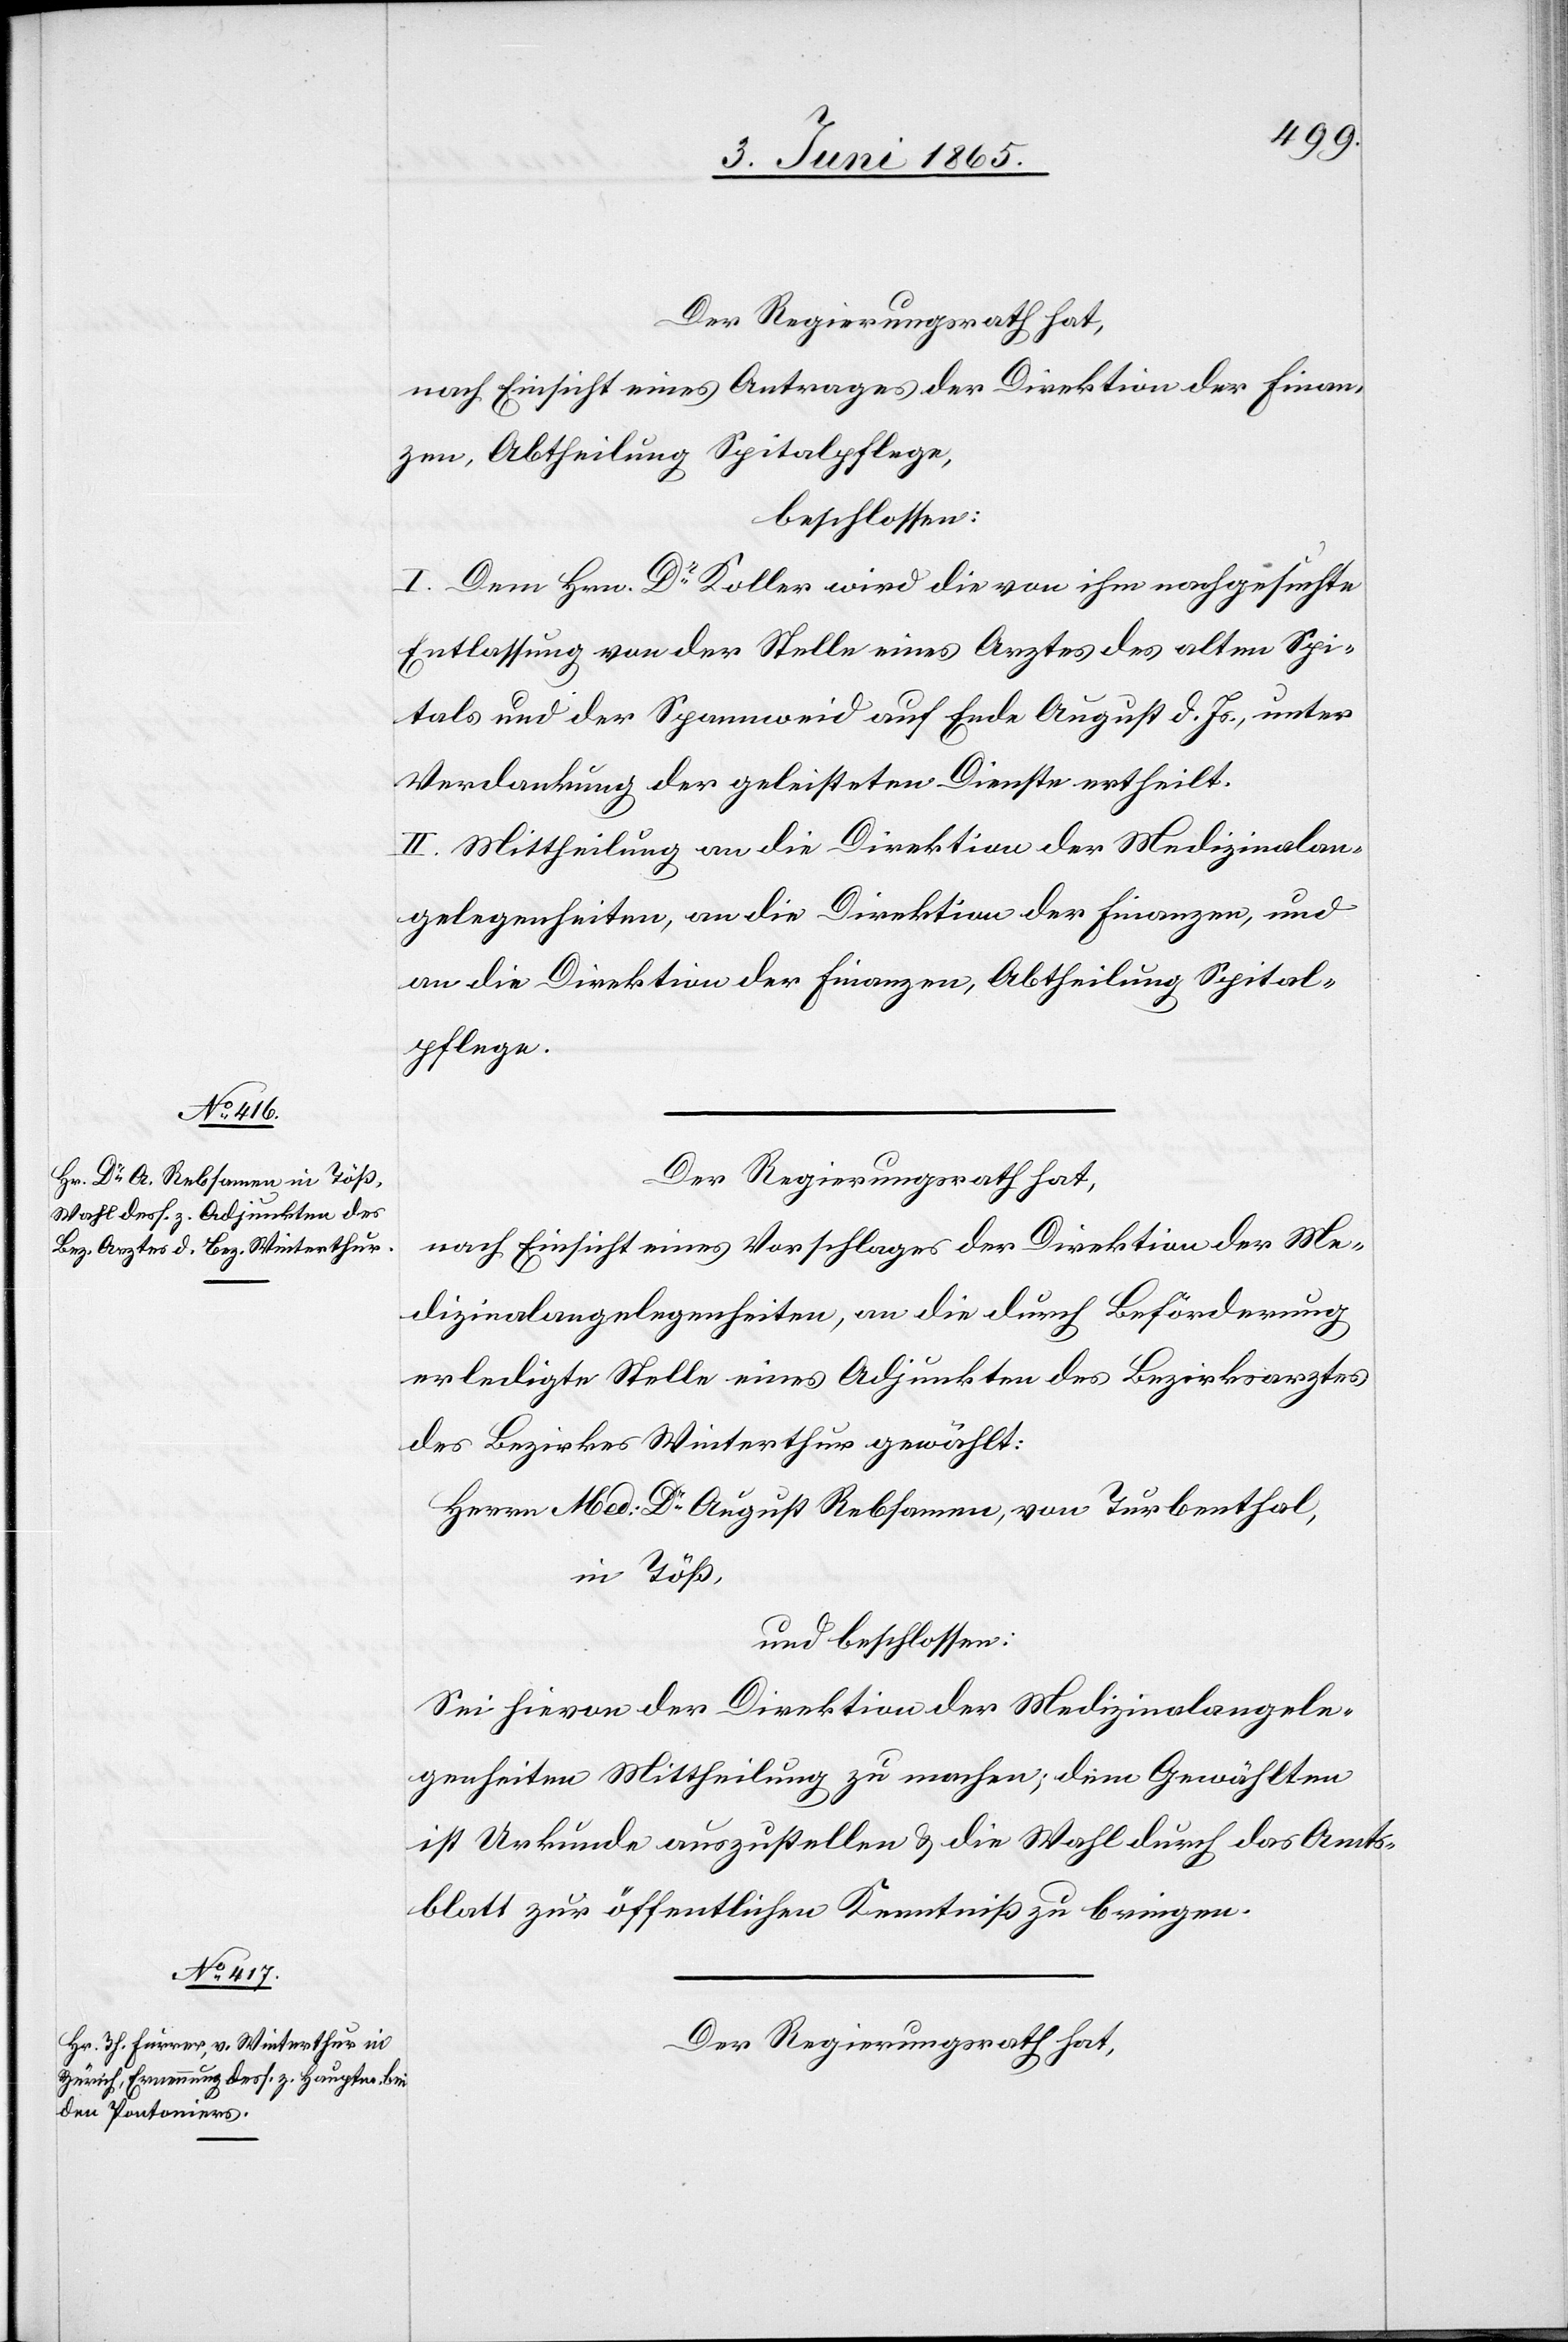
Der Regierungsrath hat,
nach Einsicht eines Antrages der Direktion der Finan¬
zen, Abtheilung Spitalpflege,
beschlossen:
I. Dem Hrn. Dr Koller wird die von ihm nachgesuchte
Entlassung von der Stelle eines Arztes des alten Spi¬
tals und der Spannweid auf Ende August d. Js., unter
Verdankung der geleisteten Dienste ertheilt.
II. Mittheilung an die Direktion der Medizinalan¬
gelegenheiten, an die Direktion der Finanzen, und
an die Direktion der Finanzen, Abtheilung Spital¬
pflege.
Der Regierungsrath hat,
nach Einsicht eines Vorschlages der Direktion der Me¬
dizinalangelegenheiten, an die durch Beförderung
erledigte Stelle eines Adjunkten des Bezirksarztes
des Bezirkes Winterthur gewählt:
Herrn Med: Dr August Rebsamen, von Turbenthal,
in Töß,
und beschlossen:
Sei hievon der Direktion der Medizinalangele¬
genheiten Mittheilung zu machen; dem Gewählten
ist Urkunde auszustellen & die Wahl durch das Amts¬
blatt zur öffentlichen Kenntniß zu bringen.
Der Regierungsrath hat,